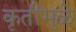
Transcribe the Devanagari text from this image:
कृतींमुळे